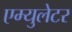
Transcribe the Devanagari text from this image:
एम्युलेटर